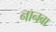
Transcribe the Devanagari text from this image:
नानबा